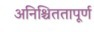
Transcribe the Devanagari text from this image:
अनिश्चिततापूर्ण